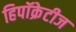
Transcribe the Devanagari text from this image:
हिपॉक्रेटीज